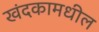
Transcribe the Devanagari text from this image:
खंदकामधील